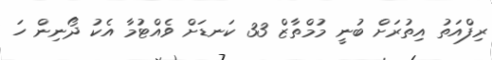
ރިފްއަތު އިތުރަށް ބުނީ މުމްތާޒް 33 ކަނޑަށް ވެއްޓުމާ އެކު ދޯނިން ހަ